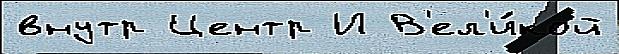
внутр Центр И В'ел'и́кой